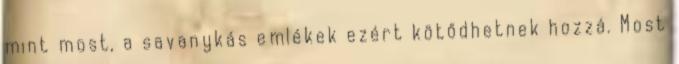
mint most, a savanykás emlékek ezért kötődhetnek hozzá. Most